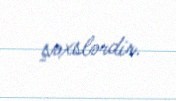
şəxslərdir.